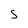
Character: S